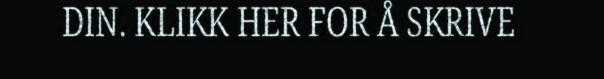
DIN. KLIKK HER FOR Å SKRIVE